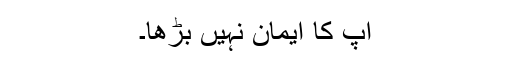
آپ کا ایمان نہیں بڑھا۔